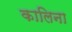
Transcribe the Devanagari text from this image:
कालिना